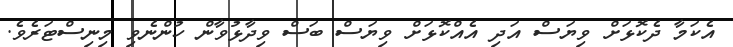
އެކަމާ ދެކޮޅަށް ވިޔަސް އަދި އެއްކޮޅަށް ވިޔަސް ބަސް ވިދާޅުވާން ހުންނެވި މިނިސްޓަރެވެ.